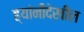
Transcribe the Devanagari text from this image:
ह्यांनीदेखील